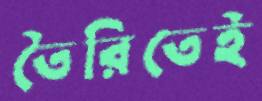
তৈরিতেই